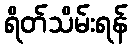
ရိတ်သိမ်းရန်